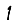
Digit: 1